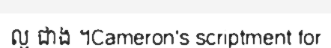
ល្អ ជាង ។Cameron's scriptment for